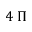
4 \; \Pi